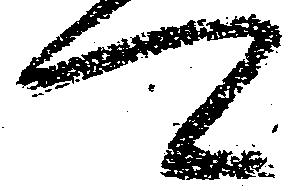
可